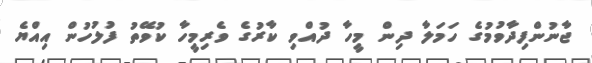
ޖާނުންފިދާވުމުގެ ހަމަލާ ދިން މީހާ ދުއްވި ކާރުގެ ވެރިމީހާ ކުވޭތު ފުލުހުން އިއްޔެ